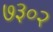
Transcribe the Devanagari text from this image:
७३०२